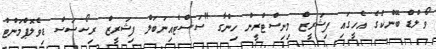
ވޯލްޑް ބޭންކުގެ އެހީގައި ފިޝަރީޒް މިނިސްޓްރީން ހިންގާ "ސަސްޓެއިނަބަލް ފިޝަރީޒް ރިސޯސަސް ޑިވެލޮޕްމަންޓް